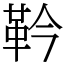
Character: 靲